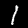
Label: 1